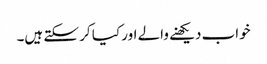
خواب دیکھنے والے اور کیا کر سکتے ہیں۔